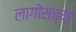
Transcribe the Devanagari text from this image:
लागोसच्या